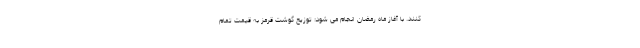
کنند. با آغاز ماه رمضان انجام می شود: توزیع گوشت قرمز به قیمت تمام